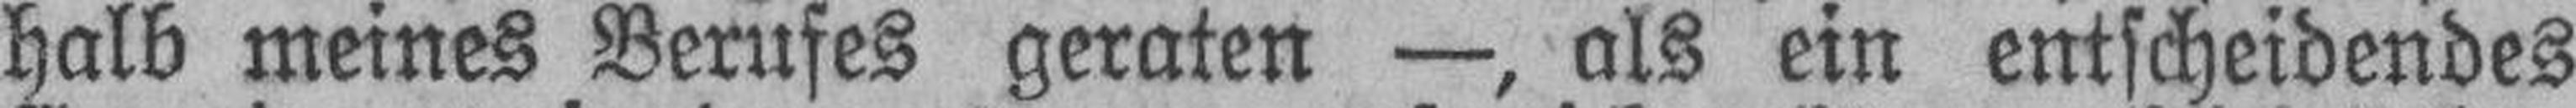
halb meines Berufes geraten —, als ein entscheidendes